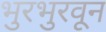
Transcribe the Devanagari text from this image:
भुरभुरवून